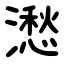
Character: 㵞